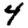
Digit: 4